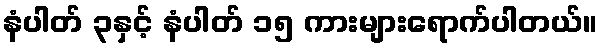
နံပါတ် ၃နှင့် နံပါတ် ၁၅ ကားများရောက်ပါတယ်။